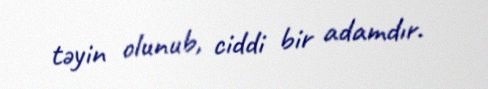
təyin olunub, ciddi bir adamdır.